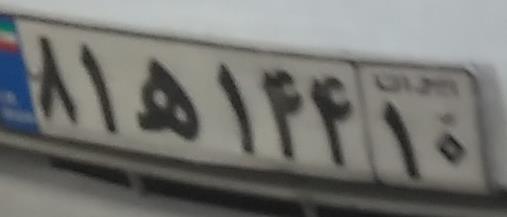
۸۱ه۱۴۴۱۰